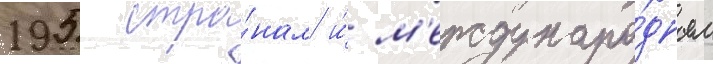
195 стра́нам и́ м'еждунаро́дным